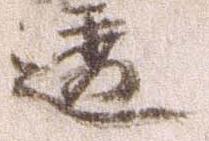
透